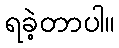
ရခဲ့တာပါ။